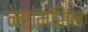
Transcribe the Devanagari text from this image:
नरामसिन